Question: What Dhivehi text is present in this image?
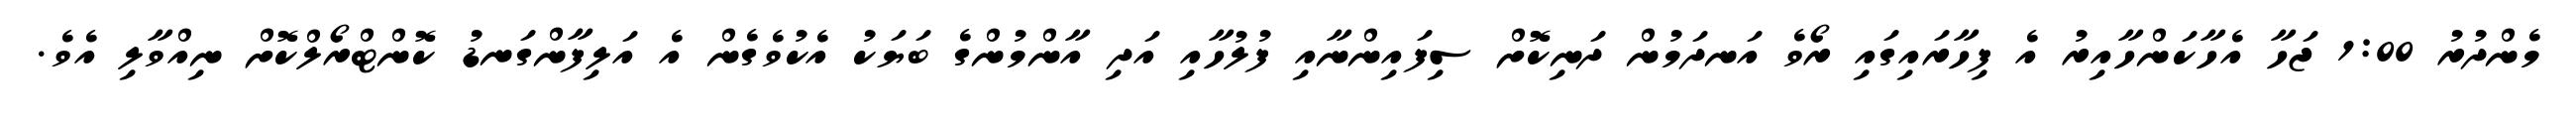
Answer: މެންދުރު 1:00 ޖަހާ އެހާކަންހާއިރު އެ ފިހާރައިގައި ރޯވެ އަނދަމުން ދަނިކޮށް ސިފައިންނާއި ފުލުހާއި އަދި އާންމުންގެ ބަޔަކު އެކުވެގެން އެ އަލިފާންގަނޑު ކޮންޓްރޯލްކޮށް ނިއްވާލި އެވެ.